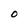
Character: O